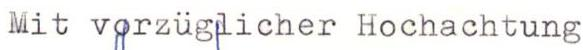
Mit vgrzügjicher Hochachtung